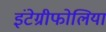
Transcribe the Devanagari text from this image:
इंटेग्रीफोलिया